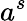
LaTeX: a^{s}